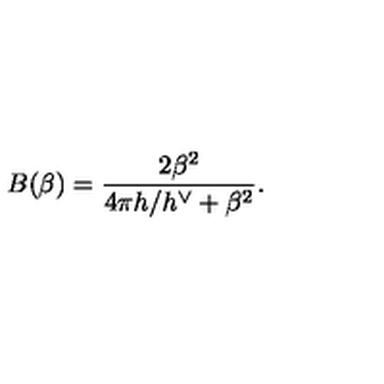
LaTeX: B ( \beta ) = \frac { 2 \beta ^ { 2 } } { 4 \pi h / h ^ { \vee } + \beta ^ { 2 } } .